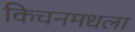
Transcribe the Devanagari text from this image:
किचनमधला